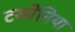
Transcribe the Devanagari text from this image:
टस्मेनिया